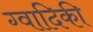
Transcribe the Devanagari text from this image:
ग्वादिकी